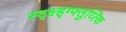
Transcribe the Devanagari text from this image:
स्द्क्ष्ह्ग्फ्तुय्त्कि